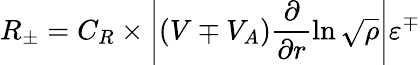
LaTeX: R_{\pm}=C_{R}\times\left|(V\mp V_{A})\frac{\partial}{\partial r}\ln\sqrt{\rho}\right|\varepsilon^{\mp}